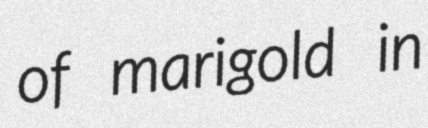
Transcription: of marigold in